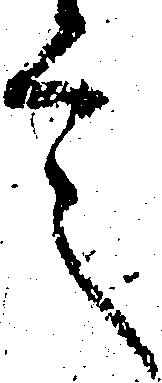
言